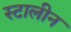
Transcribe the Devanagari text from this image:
स्टालीन